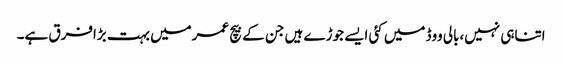
اتناہی نہیں،بالی ووڈ میں کئی ایسے جوڑے ہیں جن کے بیچ عمرمیں بہت بڑافرق ہے۔